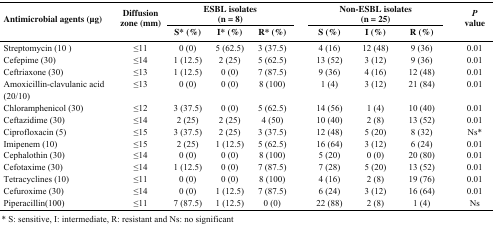
<table><thead><tr><td rowspan="2"><b>Antimicrobial agents (μg)</b></td><td rowspan="2"><b>Diffusion zone (mm)</b></td><td colspan="3"><b>ESBL isolates(n = 8)</b></td><td></td><td colspan="3"><b>Non-ESBL isolates(n = 25)</b></td><td></td><td rowspan="2"><b><i>P </i>value</b></td></tr><tr><td><b>S* (%)</b></td><td><b>I* (%)</b></td><td><b>R* (%)</b></td><td></td><td><b>S (%)</b></td><td><b>I (%)</b></td><td><b>R (%)</b></td><td></td></tr></thead><tbody><tr><td>Streptomycin (10 )</td><td>≤11</td><td>0 (0)</td><td>5 (62.5)</td><td>3 (37.5)</td><td></td><td>4 (16)</td><td>12 (48)</td><td>9 (36)</td><td></td><td>0.01</td></tr><tr><td>Cefepime (30)</td><td>≤14</td><td>1 (12.5)</td><td>2 (25)</td><td>5 (62.5)</td><td></td><td>13 (52)</td><td>3 (12)</td><td>9 (36)</td><td></td><td>0.01</td></tr><tr><td>Ceftriaxone (30)</td><td>≤13</td><td>1 (12.5)</td><td>0 (0)</td><td>7 (87.5)</td><td></td><td>9 (36)</td><td>4 (16)</td><td>12 (48)</td><td></td><td>0.01</td></tr><tr><td>Amoxicillin-clavulanic acid (20/10)</td><td>≤13</td><td>0 (0)</td><td>0 (0)</td><td>8 (100)</td><td></td><td>1 (4)</td><td>3 (12)</td><td>21 (84)</td><td></td><td>0.01</td></tr><tr><td>Chloramphenicol (30)</td><td>≤12</td><td>3 (37.5)</td><td>0 (0)</td><td>5 (62.5)</td><td></td><td>14 (56)</td><td>1 (4)</td><td>10 (40)</td><td></td><td>0.01</td></tr><tr><td>Ceftazidime (30)</td><td>≤14</td><td>2 (25)</td><td>2 (25)</td><td>4 (50)</td><td></td><td>10 (40)</td><td>2 (8)</td><td>13 (52)</td><td></td><td>0.01</td></tr><tr><td>Ciprofloxacin (5)</td><td>≤15</td><td>3 (37.5)</td><td>2 (25)</td><td>3 (37.5)</td><td></td><td>12 (48)</td><td>5 (20)</td><td>8 (32)</td><td></td><td>Ns*</td></tr><tr><td>Imipenem (10)</td><td>≤15</td><td>2 (25)</td><td>1 (12.5)</td><td>5 (62.5)</td><td></td><td>16 (64)</td><td>3 (12)</td><td>6 (24)</td><td></td><td>0.01</td></tr><tr><td>Cephalothin (30)</td><td>≤14</td><td>0 (0)</td><td>0 (0)</td><td>8 (100)</td><td></td><td>5 (20)</td><td>0 (0)</td><td>20 (80)</td><td></td><td>0.01</td></tr><tr><td>Cefotaxime (30)</td><td>≤14</td><td>1 (12.5)</td><td>0 (0)</td><td>7 (87.5)</td><td></td><td>7 (28)</td><td>5 (20)</td><td>13 (52)</td><td></td><td>0.01</td></tr><tr><td>Tetracyclines (10)</td><td>≤11</td><td>0 (0)</td><td>0 (0)</td><td>8 (100)</td><td></td><td>4 (16)</td><td>2 (8)</td><td>19 (76)</td><td></td><td>0.01</td></tr><tr><td>Cefuroxime (30)</td><td>≤14</td><td>0 (0)</td><td>1 (12.5)</td><td>7 (87.5)</td><td></td><td>6 (24)</td><td>3 (12)</td><td>16 (64)</td><td></td><td>0.01</td></tr><tr><td>Piperacillin(100)</td><td>≤11</td><td>7 (87.5)</td><td>1 (12.5)</td><td>0 (0)</td><td></td><td>22 (88)</td><td>2 (8)</td><td>1 (4)</td><td></td><td>Ns</td></tr></tbody></table>